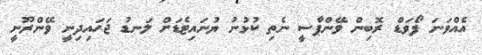
އެއްވަނަ ފޯވަޑް ރޮބިން ވޭންޕާސީ ނެތި ކުޅުނު ޔުނައިޓެޑަށް ލަނޑު ޖަހައިދިނީ ވޭންރޫނީ